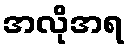
အလိုအရ